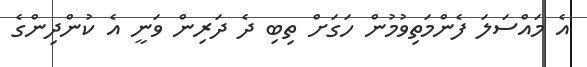
އެ މައްސަލަ ފެންމަތިވުމުން ހަގަށް ތިބި ދެ ދަރިން ވަނީ އެ ކުންދިންގެ